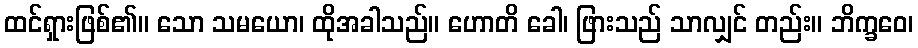
ထင်ရှားဖြစ်၏။ သော သမယော၊ ထိုအခါသည်။ ဟောတိ ခေါ၊ ဖြားသည် သာလျှင် တည်း။ ဘိက္ခဝေ၊